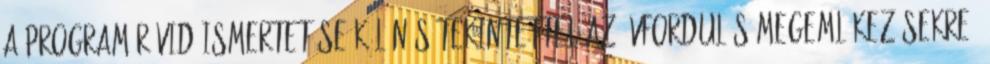
A program rövid ismertetése különös tekintettel az évfordulós megemlékezésekre,